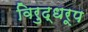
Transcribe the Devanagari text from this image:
विरुद्धरूप